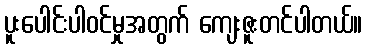
ပူးပေါင်းပါဝင်မှုအတွက် ကျေးဇူးတင်ပါတယ်။